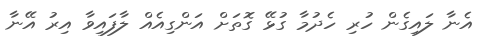
އެނާ ލައިގެން ހުރި ހެދުމާ ގުޅޭ ގޮތަށް އަންގިއެއް ލާފައިވާ އިރު އޭނާ